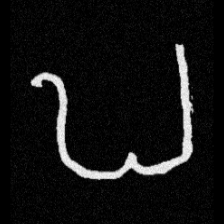
Pyu character \u2014 Myanmar letter: ဎ (romanized: ddha)